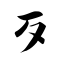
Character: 歹